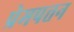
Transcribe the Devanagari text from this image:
प्रेमपत्तन